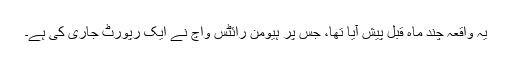
يہ واقعہ چند ماہ قبل پيش آيا تھا، جس پر ہيومن رائٹس واچ نے ايک رپورٹ جاری کی ہے۔